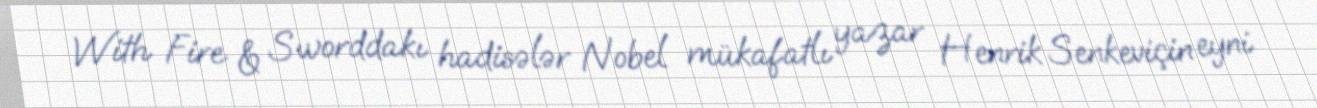
With Fire & Sworddakı hadisələr Nobel mükafatlı yazar Henrik Senkeviçin eyni